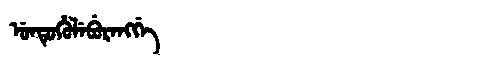
Manchu: ᡠᠨᡨᡠᡥᡠᠯᡝᠪᡠᡵᡝᠩᡤᡝ
Romanization: UNTUHULEBURENGGE